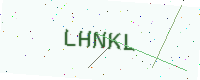
Text: LHNKL